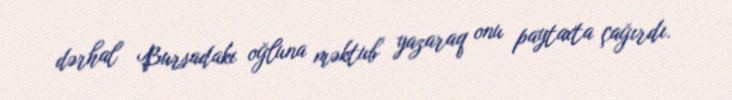
dərhal Bursadakı oğluna məktub yazaraq onu paytaxta çağırdı.